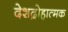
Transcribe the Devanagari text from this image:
देशद्रोहात्मक